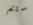
ستتم